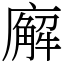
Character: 廨